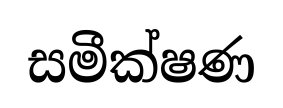
සමීක්ෂණ